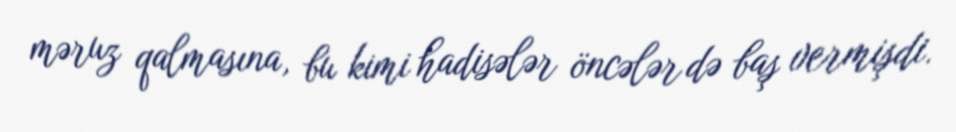
məruz qalmasına, bu kimi hadisələr öncələr də baş vermişdi.